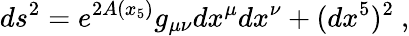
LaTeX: ds^{2}=e^{2A(x_{5})}g_{\mu\nu}dx^{\mu}dx^{\nu}+(dx^{5})^{2}~,